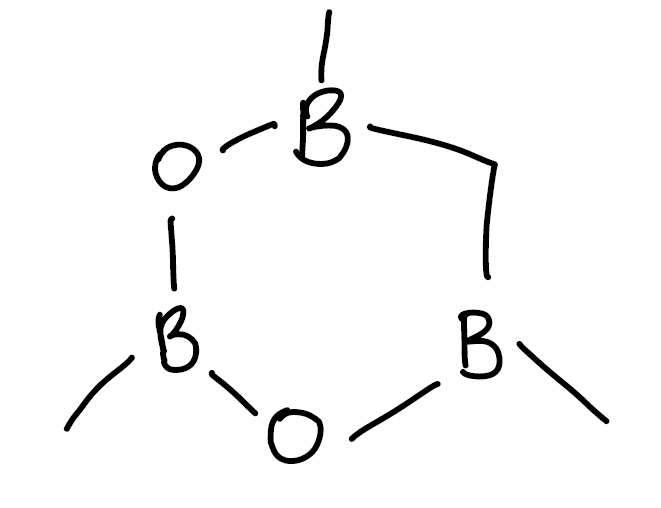
Simplified molecular-input line-entry system (SMILES) notation of the given molecule:
B1(CB(OB(O1)C)C)C